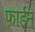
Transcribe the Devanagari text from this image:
फ़ाईन